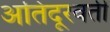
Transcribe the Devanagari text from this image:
अतिदूरवर्ती